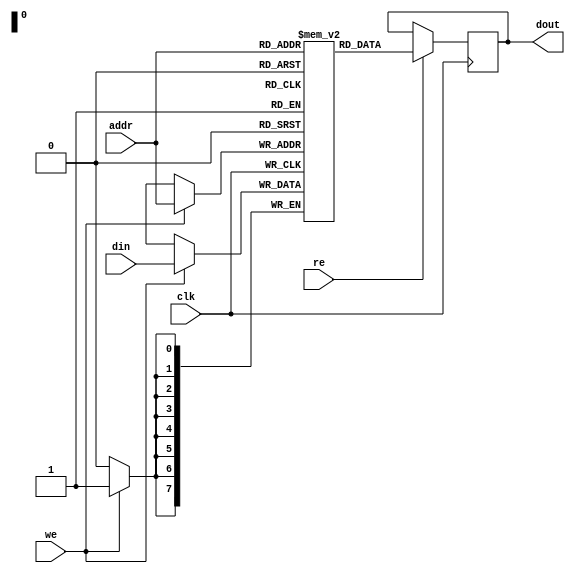
module eSRAM #(
    parameter ADDR_WIDTH = 8,     // Address width
    parameter DATA_WIDTH = 8,     // Data width
    parameter MEM_DEPTH = 256      // Memory depth (2^ADDR_WIDTH)
)(
    input wire clk,                // Clock signal
    input wire we,                 // Write enable
    input wire re,                 // Read enable
    input wire [ADDR_WIDTH-1:0] addr, // Address input
    input wire [DATA_WIDTH-1:0] din,  // Data input
    output reg [DATA_WIDTH-1:0] dout // Data output
);

    // Memory array
    reg [DATA_WIDTH-1:0] mem [0:MEM_DEPTH-1];

    // Read/Write process
    always @(posedge clk) begin
        if (we) begin
            // Write data to memory
            mem[addr] <= din;
        end
        if (re) begin
            // Read data from memory
            dout <= mem[addr];
        end
    end

endmodule